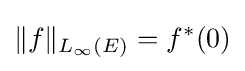
\|f\|_{L_{\infty }(E)}=f^{*}(0)